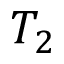
T _ { 2 }